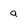
Character: a